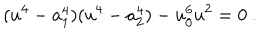
( u ^ { 4 } - a _ { 1 } ^ { 4 } ) ( u ^ { 4 } - a _ { 2 } ^ { 4 } ) - u _ { 0 } ^ { 6 } u ^ { 2 } = 0 ~ .